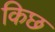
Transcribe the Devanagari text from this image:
किछ